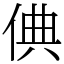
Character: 倎